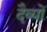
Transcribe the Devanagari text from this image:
दैव्यों